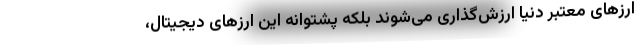
ارزهای معتبر دنیا ارزش‌گذاری می‌شوند بلکه پشتوانه این ارزهای دیجیتال،